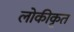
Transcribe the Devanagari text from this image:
लोकीकृत